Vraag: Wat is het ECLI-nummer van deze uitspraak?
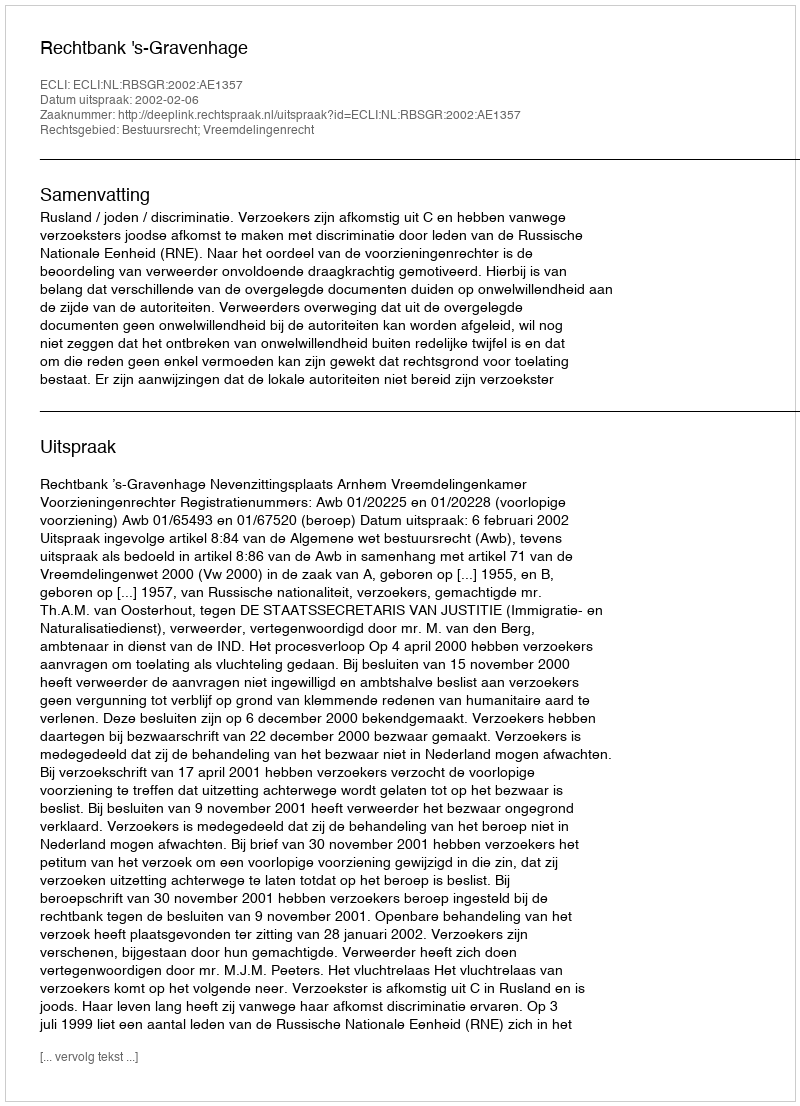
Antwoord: ECLI:NL:RBSGR:2002:AE1357